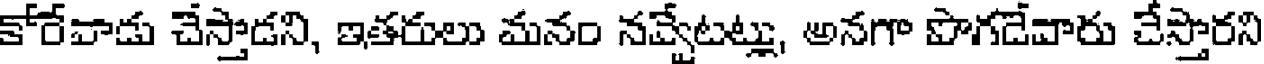
కోరేవాడు చేస్తాడని, ఇతరులు మనం నవ్వేటట్లు, అనగా పొగడేవారు చేస్తారని